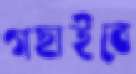
গছাইবে